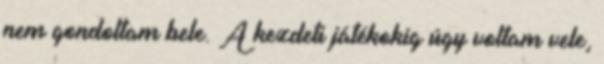
nem gondoltam bele. A kezdeti játékokig úgy voltam vele,